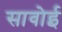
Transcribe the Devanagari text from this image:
सावोई